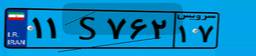
۱۱S۷۶۲۱۷